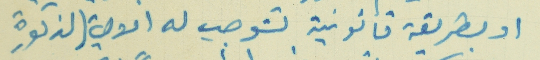
او بطريقة قانونية تتوجب له الالية المذكورة